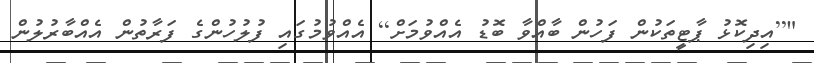
"[އިދިކޮޅު ޕާޓީތަކުން ފަހުން ބާއްވާ ބޮޑު އެއްވުމަށް] އެއްވުމުގައި ފުލުހުންގެ ފަރާތުން އެއްބާރުލުން